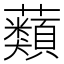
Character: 蘱